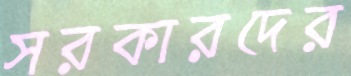
সরকারদের